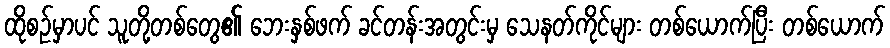
ထိုစဉ်မှာပင် သူတို့တစ်တွေ၏ ဘေးနှစ်ဖက် ခင်တန်းအတွင်းမှ သေနတ်ကိုင်များ တစ်ယောက်ပြီး တစ်ယောက်